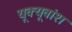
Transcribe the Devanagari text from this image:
यूक्यूवांश